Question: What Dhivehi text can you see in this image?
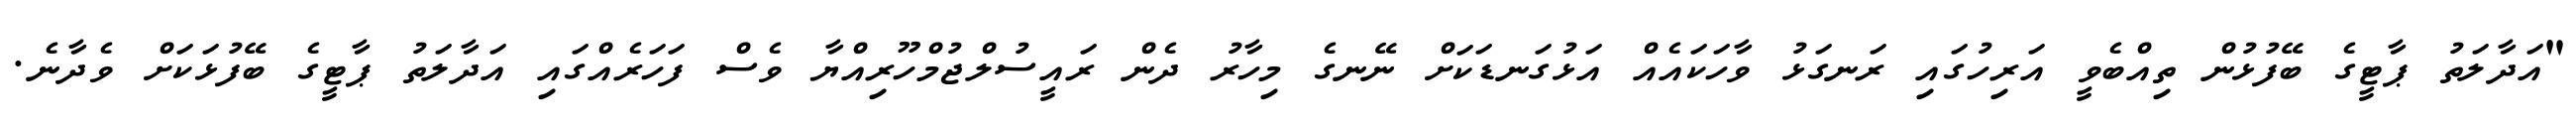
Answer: "އަދާލަތު ޕާޓީގެ ބޭފުޅުން ތިއްބެވީ އަރިހުގައި ރަނގަޅު ވާހަކައެއް އަޅުގަނޑަކަށް ނޭނގެ މިހާރު ދެން ރައީސުލްޖުމްހޫރިއްޔާ ވެސް ފަހަރެއްގައި އަދާލަތު ޕާޓީގެ ބޭފުޅަކަށް ވެދާނެ.